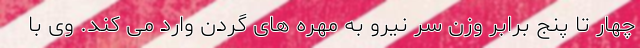
چهار تا پنج برابر وزن سر نیرو به مهره های گردن وارد می کند. وی با